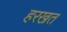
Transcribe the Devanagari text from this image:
हरखत